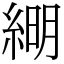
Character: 𦁠